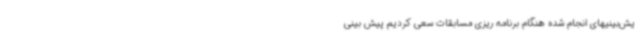
یش‌بینیهای انجام شده هنگام برنامه ریزی مسابقات سعی کردیم پیش بینی